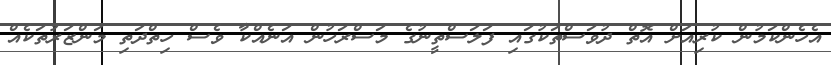
އެހެންކަމުން ކުރިއަށް އޮތް ދުވަސްތަކުގައި ފަލަސްތީނުގެ މަސްރަހުން އަނެއްކާ ވެސް ހިތްދަތި މަންޒަރުތަކެއް